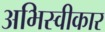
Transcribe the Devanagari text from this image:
अभिस्वीकार